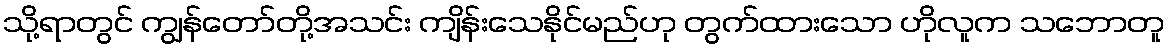
သို့ရာတွင် ကျွန်တော်တို့အသင်း ကျိန်းသေနိုင်မည်ဟု တွက်ထားသော ဟိုလူက သဘောတူ